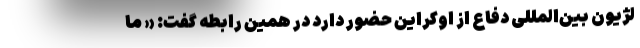
لژیون بین‌المللی دفاع از اوکراین حضور دارد در همین رابطه گفت: « ما